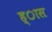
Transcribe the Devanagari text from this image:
ह्ास